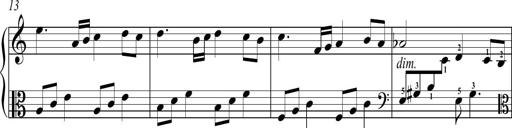
Title: Sonatina No.2 in C
Composer: A. Marando
Key: C major